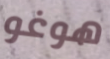
هوغو